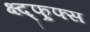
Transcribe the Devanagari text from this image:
क्ष्द्फ्र्फ्स